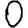
Digit: 0